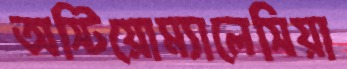
অস্টিয়োম্যালেসিয়া